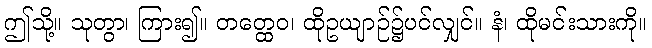
ဤသို့။ သုတွာ၊ ကြား၍။ တတ္ထေဝ၊ ထိုဥယျာဉ်၌ပင်လျှင်။ နံ၊ ထိုမင်းသားကို။